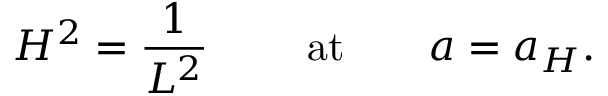
H ^ { 2 } = { \frac { 1 } { L ^ { 2 } } } \ \ \ \ \ \ \ \mathrm { a t } \ \ \ \ \ \ a = a _ { H } .